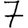
Digit: 7